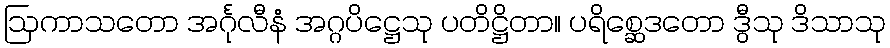
ဩကာသတော အင်္ဂုလီနံ အဂ္ဂပိဋ္ဌေသု ပတိဋ္ဌိတာ။ ပရိစ္ဆေဒတော ဒွီသု ဒိသာသု